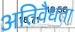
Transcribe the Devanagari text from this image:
अतिवैधता